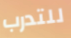
للتدرب